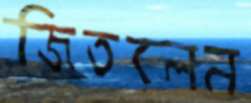
জিতলেন